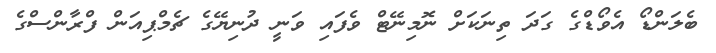
ބެލަންޑޯ އެވޯޑްގެ ގަދަ ތިނަކަށް ނޮމިނޭޓް ވެފައި ވަނީ ދުނިޔޭގެ ޗެމްޕިއަން ފްރާންސްގެ